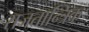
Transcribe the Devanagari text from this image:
राजतान्त्रिक